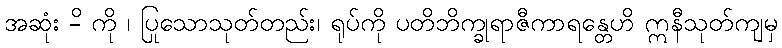
အဆုံး -ိ ကို ၊ ပြုသောသုတ်တည်း၊ ရုပ်ကို ပတိဘိက္ခုရာဇီကာရန္တေဟိ ဣနီသုတ်ကျမှ